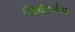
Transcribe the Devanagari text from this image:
सिलेश्चैल